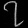
Digit: ၇